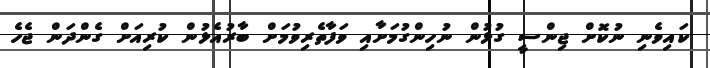
ކައިވެނި ނުކޮށް ޖިންސީ ގުޅުން ނުހިންގުމަށާއި ވަފާތެރިވުމަށް ބާރުއެޅުން ކުރިއަށް ގެންދަން ޖެހެ